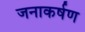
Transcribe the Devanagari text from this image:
जनाकर्षण